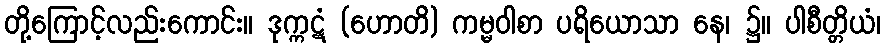
တို့ကြောင့်လည်းကောင်း။ ဒုက္ကဋံ (ဟောတိ) ကမ္မဝါစာ ပရိယောသာ နေ၊ ၌။ ပါစီတ္တိယံ၊